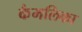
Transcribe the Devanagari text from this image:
कैमलिका